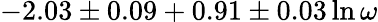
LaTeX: -2.03\pm 0.09+0.91\pm 0.03\ln\omega